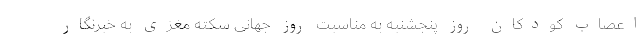
اعصاب کودکان روز پنجشنبه به مناسبت روز جهانی سکته مغزی به خبرنگار